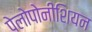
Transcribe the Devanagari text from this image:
पेलोपोनीशियन